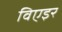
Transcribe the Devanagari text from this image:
विएइर